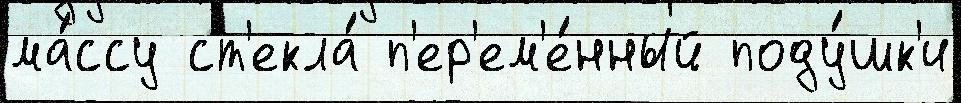
ма́ссу ст'екла́ п'ер'ем'е́нный поду́шк'и